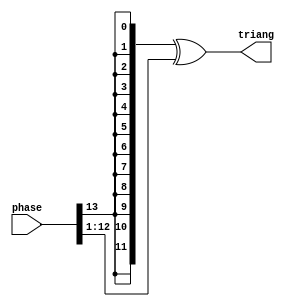
`timescale 1ns / 1ps

/**
 Author: Liam Crowley
 Date: 10/22/2023 12:55:55 PM
 Triangle Wave Output for DDS Algorith
 INPUTS: Phase value
 OUTPUTS: Triangle wave output

 Uses bits of phase to produce triangle waveform; takes largest bit and replicates it m times, then uses that xor(0,x)=x and xor(1,x)=~x
 */

module Tri
  #(
    parameter n=14,
    parameter m=12
    )
    (
     input [n-1:0]       phase,
     output wire [m-1:0] triang
     );
    assign triang = {m{phase[n-1]}}^phase[n-2:1];
endmodule